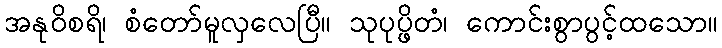
အနုဝိစရိ၊ စံတော်မူလှလေပြီ။ သုပုပ္ဖိတံ၊ ကောင်းစွာပွင့်ထသော။